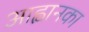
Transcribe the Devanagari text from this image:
आह्वानका